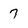
Character: 7